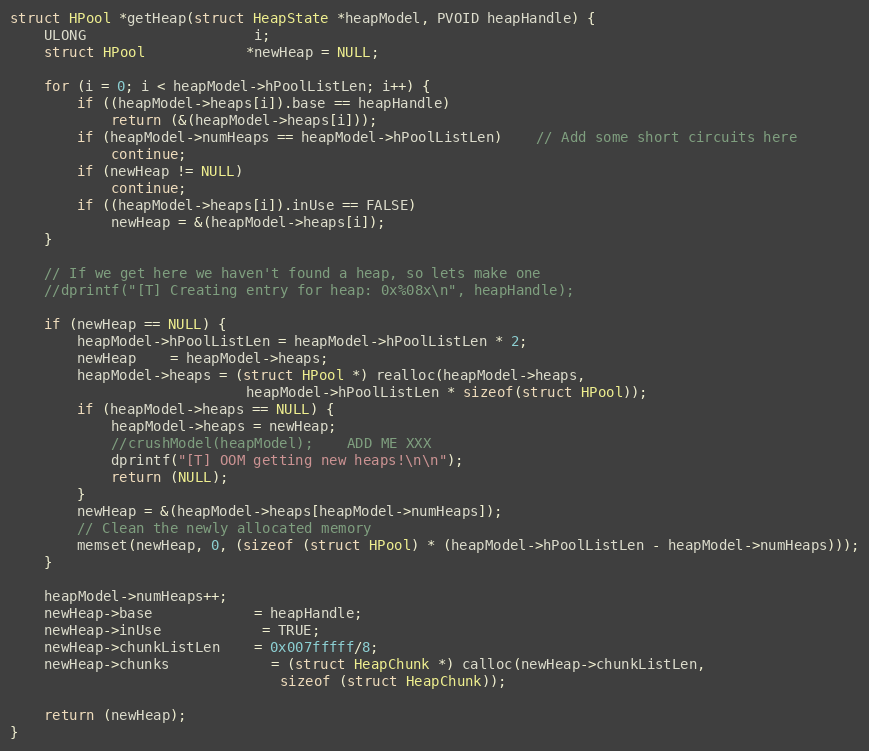
Language: C++
struct HPool *getHeap(struct HeapState *heapModel, PVOID heapHandle) {
	ULONG					i;
	struct HPool			*newHeap = NULL;

	for (i = 0; i < heapModel->hPoolListLen; i++) {
		if ((heapModel->heaps[i]).base == heapHandle)
			return (&(heapModel->heaps[i]));
		if (heapModel->numHeaps == heapModel->hPoolListLen)	// Add some short circuits here
			continue;
		if (newHeap != NULL)
			continue;
		if ((heapModel->heaps[i]).inUse == FALSE)
			newHeap = &(heapModel->heaps[i]);
	}

	// If we get here we haven't found a heap, so lets make one
	//dprintf("[T] Creating entry for heap: 0x%08x\n", heapHandle);

	if (newHeap == NULL) {
		heapModel->hPoolListLen = heapModel->hPoolListLen * 2;
		newHeap    = heapModel->heaps;
		heapModel->heaps = (struct HPool *) realloc(heapModel->heaps,
				            heapModel->hPoolListLen * sizeof(struct HPool));
		if (heapModel->heaps == NULL) {
            heapModel->heaps = newHeap;
            //crushModel(heapModel);    ADD ME XXX
            dprintf("[T] OOM getting new heaps!\n\n");
            return (NULL);
        }
		newHeap = &(heapModel->heaps[heapModel->numHeaps]);
		// Clean the newly allocated memory
		memset(newHeap, 0, (sizeof (struct HPool) * (heapModel->hPoolListLen - heapModel->numHeaps)));
	}

	heapModel->numHeaps++;
	newHeap->base			= heapHandle;
    newHeap->inUse			= TRUE;
	newHeap->chunkListLen	= 0x007fffff/8;
	newHeap->chunks			= (struct HeapChunk *) calloc(newHeap->chunkListLen,
								sizeof (struct HeapChunk));

	return (newHeap);
}